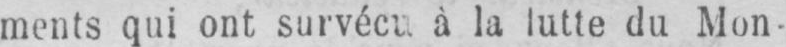
ments qui ont survécu à la lutte du Mon-